Tartu_Muinsuskaitse_Uhendus, lk 10
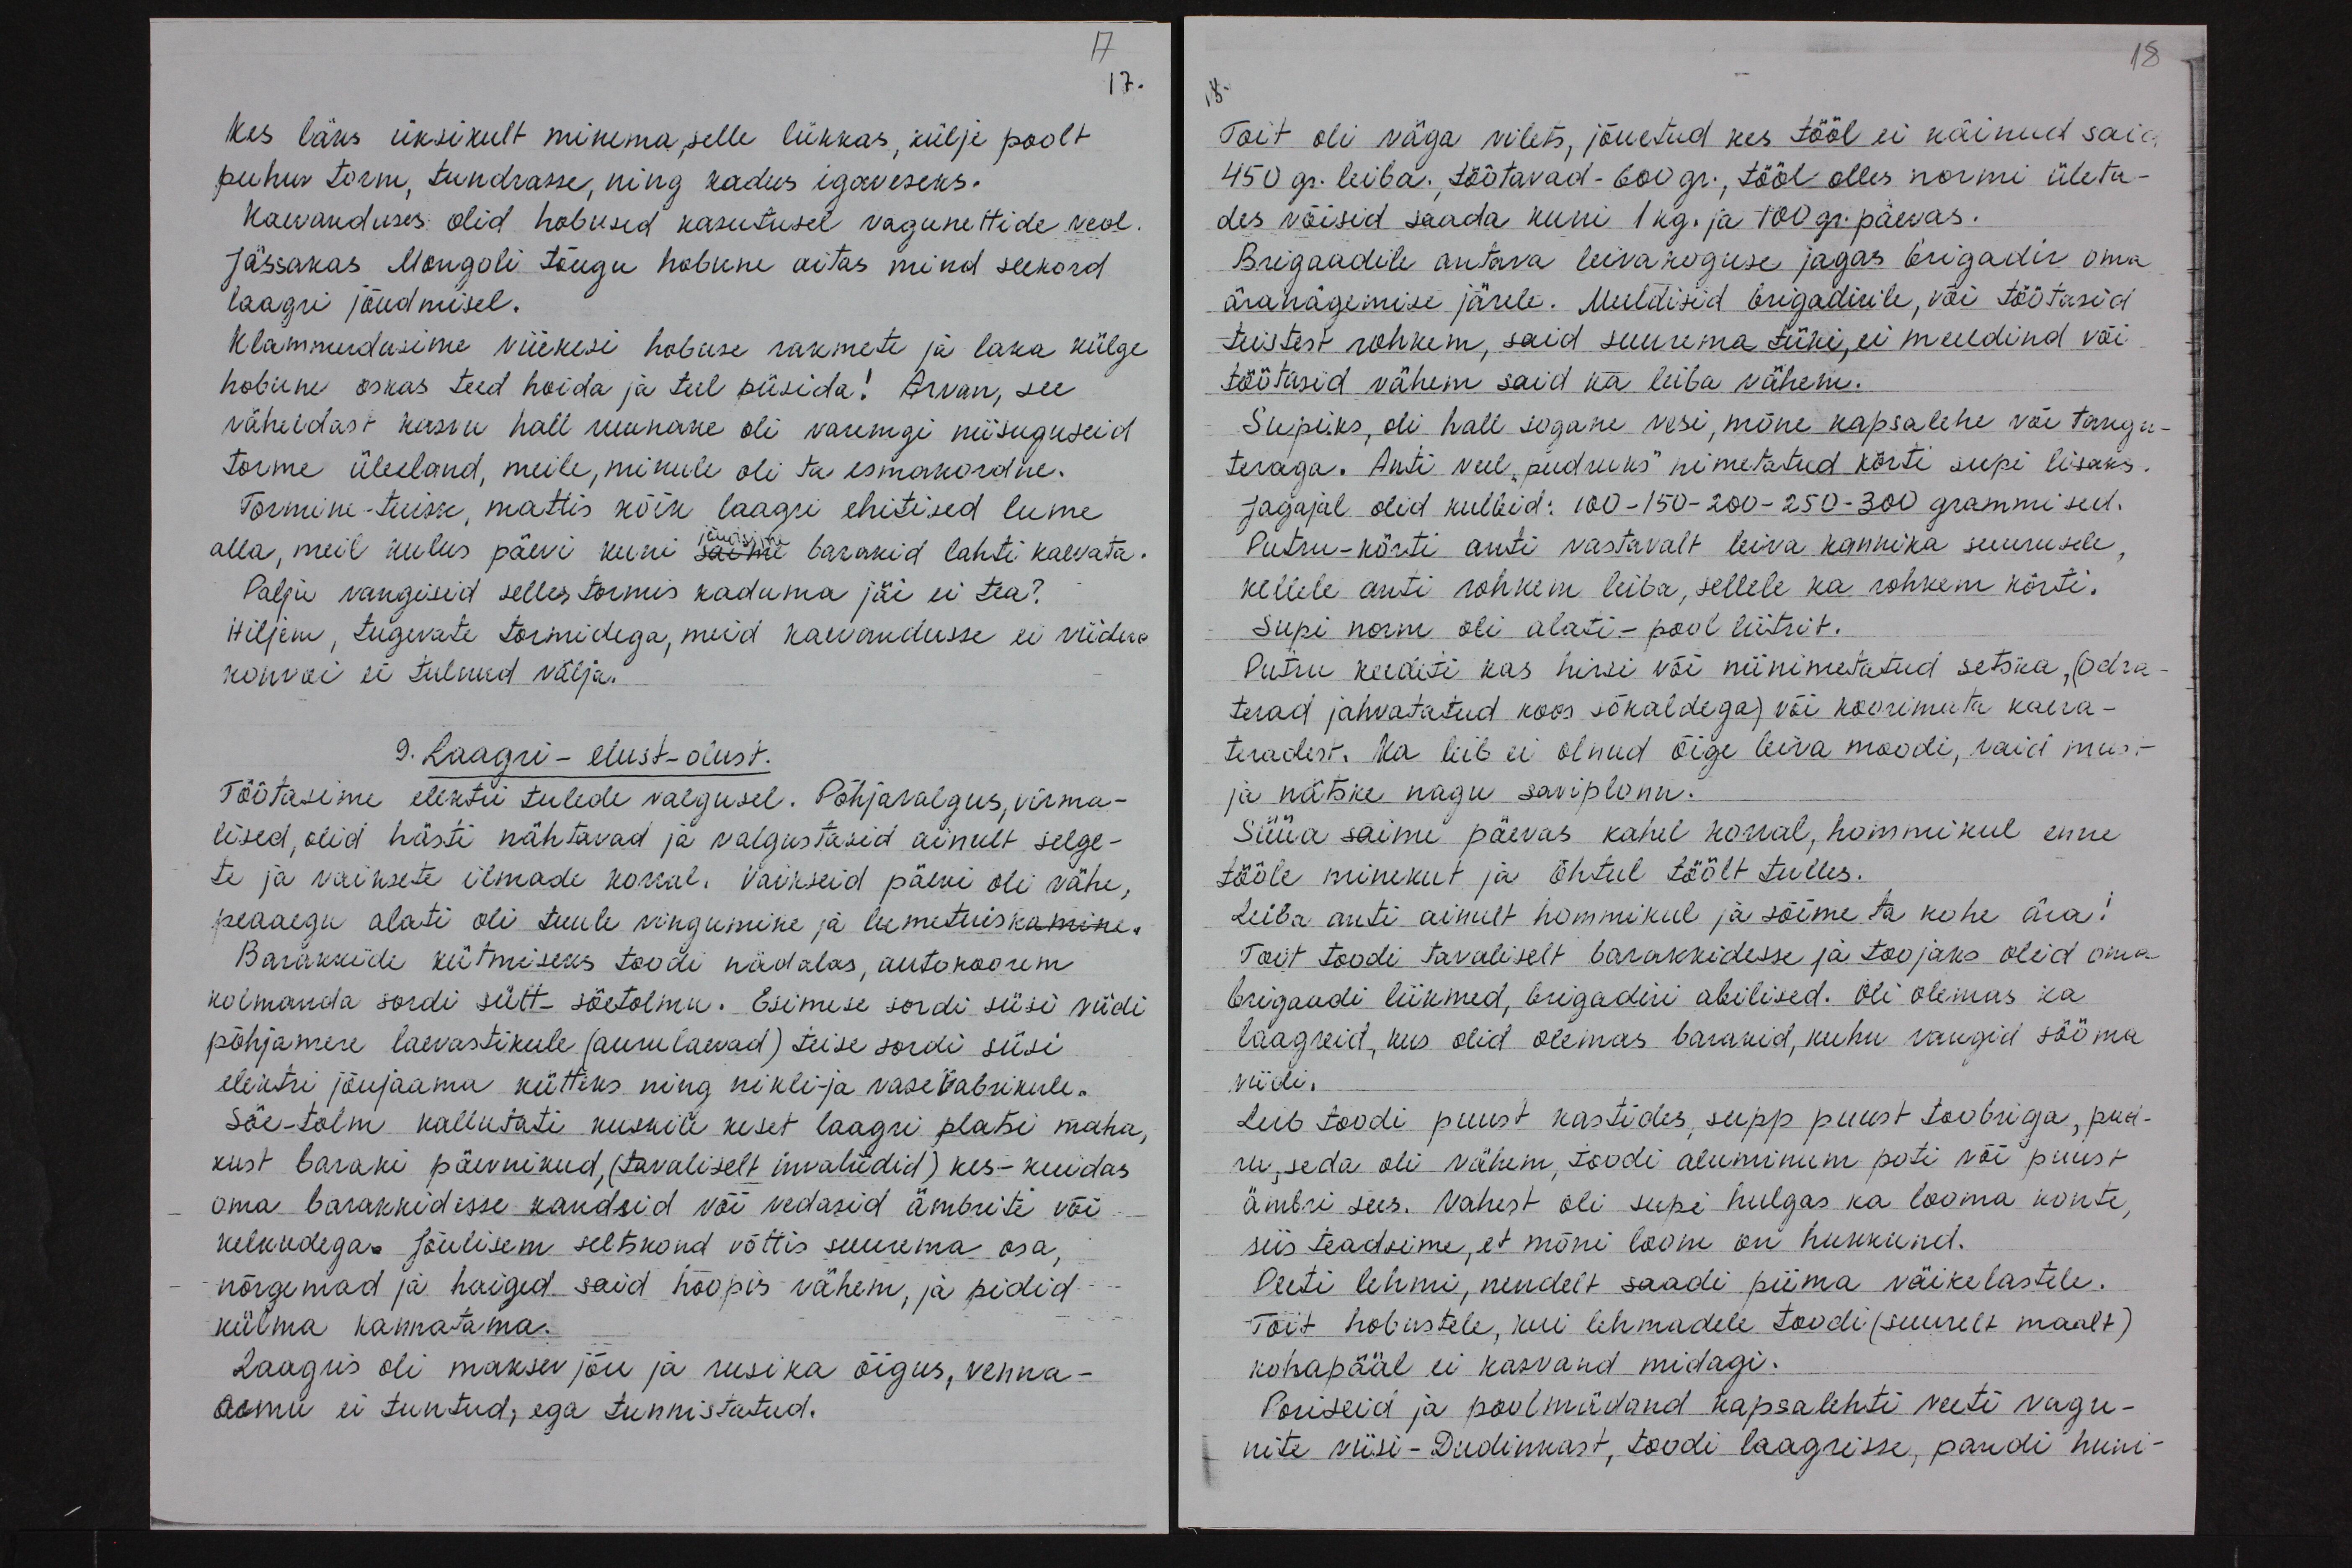
17
17.
Kes läks üksikult minema, selle lükkas, külje poolt
puhuv torm, tundrasse, ning kadus igaveseks.
Kaevanduses olid hobused kasutusel vagunettide veol.
Jässakas Mongoli tõugu hobune aitas mind seekord
laagri jõudmisel.
Klammerdusime viiekesi hobuse rakmete ja laka külge
hobune oskas teed hoida ja teel püsida! Arvan, see
väheldast kasvu hall uurane oli varemgi niisuguseid
torme üleeland, meile, minule oli ta esmakordne.
Tormine-tuisk, mattis kõik laagri ehitised lume
alla, meil kulus päevi kuni saime barakid lahti kaevata.
Palju vangisid selles tormis kaduma jäi ei tea?
Hiljem, tugevate tormidega, meid kaevandusse ei viidud
konvoi ei tulnud välja.
9. Laagri - elust - olust.
Töötasime elektri tulede valgusel. Põhjavalgus, virma-
lised, olid hästi nähtavad ja valgustasid ainult selge-
te ja vaiksete ilmade korral. Vaikseid päevi oli vähe,
peaaegu alati oli tuule vingumine ja lumetuiskamine.
Barakkide kütmiseks toodi nädalas, autokoorem
kolmanda sordi sütt-söetolmu. Esimese sordi süsi viidi
põhjamere laevastikule (aurulaevad) teise sordi süsi
elektri jõujaama kütteks ning nikli- ja vasevabrikule.
Söe-tolm kallutati kuskile keset laagri platsi maha,
kust baraki päevnikud, (tavaliselt invaliidid) kes - kuidas
oma barakkidesse kandsid või vedasid ämbrite või
kelkudega. Jõulisem seltskond võttis suurema osa,
nõrgemad ja haiged said hoopis vähem, ja pidid
külma kannatama.
Laagris oli maksev jõu ja rusika õigus, venna-
armu ei tuntud, ega tunnistatud.

18
Toit oli väga vilets, jõuetud kes tööl ei käinud saia
450 gr. leiba. , töötavad - 600 gr., tööl olles normi ületa-
des võisid saada kuni 1 kg. ja 100 g. päevas.
Brigaadile antava leivakoguse jagas brigadir oma
äranägemise järele. Meeldisid brigadirile, või töötasid
teistest rohkem, said suurema tüki, ei meeldind või
töötasid vähem said ka leiba vähem.
Supiks, oli hall sogane vesi, mõne kapsalehe või tangu-
teraga. Anti veel "pudruks" nimetatud körti supi lisaks
Jagajal olid kulbid: 100 -150-200-250-300 grammised.
Putru-körti anti vastavalt leiva kannika suurusele
kellele anti rohkem leiba, sellele ka rohkem körti.
Supi norm oli alati - pool liitrit.
Putru keedeti kas hirsi või niinimetatud setska, (odra
terad jahvatatud koos sõkaldega, või koorimata kaera-
teradest. Ka leib ei olnud õige leiva moodi, vaid must
ja nätske nagu saviplonn.
Süüa saime päevas kahel korral, hommikul enne
tööle minekut ja õhtul töölt tulles.
Leiba anti ainult hommikul ja sõime ta kohe ära!
Toit toodi tavaliselt barakkidesse ja toojaks olid oma
brigaadi liikmed, brigadiri abilised. Oli olemas ka
laagreid, kus olid olemas barakid, kuhu vangid sööma
viidi.
Leib toodi puust kastides, supp puust toobriga, put-
ru, seda oli vähem, toodi aluminum poti või puust
ämbri sees. Vahest oli supi hulgas ka looma konte,
siis teadsime, et mõni loom on hukkund.
Peeti lehmi, nendelt saadi piima väikelastele.
Toit hobustele, kui lehmadele toodi (suurelt maalt)
kohapääl ei kasvand midagi.
Poriseid ja poolmädand kapsalehti veeti vagu-
nite viisi-Dudinkast, toodi laagrisse, pandi huni-